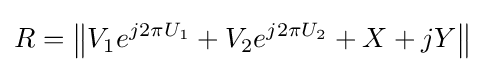
R=\left\|V_{1}e^{j2\pi U_{1}}+V_{2}e^{j2\pi U_{2}}+X+jY\right\|